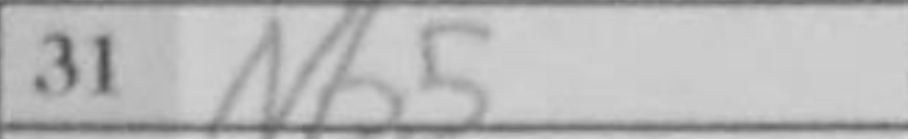
Transcription: Nb5